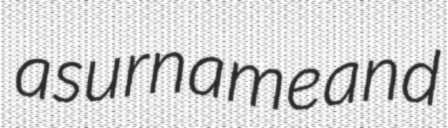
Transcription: a surname and